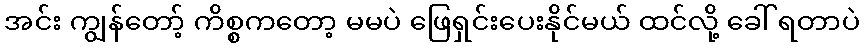
အင်း ကျွန်တော့် ကိစ္စကတော့ မမပဲ ဖြေရှင်းပေးနိုင်မယ် ထင်လို့ ခေါ် ရတာပဲ